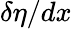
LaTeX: \delta\eta/dx